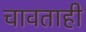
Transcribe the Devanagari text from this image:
चावताही